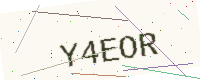
Text: Y4EOR